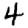
Digit: 4